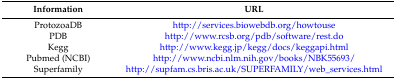
<table><thead><tr><td><b>Information</b></td><td><b>URL</b></td></tr></thead><tbody><tr><td>ProtozoaDB</td><td>http://services.biowebdb.org/howtouse</td></tr><tr><td>PDB</td><td>http://www.rcsb.org/pdb/software/rest.do</td></tr><tr><td>Kegg</td><td>http://www.kegg.jp/kegg/docs/keggapi.html</td></tr><tr><td>Pubmed (NCBI)</td><td>http://www.ncbi.nlm.nih.gov/books/NBK55693/</td></tr><tr><td>Superfamily</td><td>http://supfam.cs.bris.ac.uk/SUPERFAMILY/web_services.html</td></tr></tbody></table>